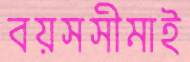
বয়সসীমাই